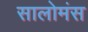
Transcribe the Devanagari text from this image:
सालोमंस